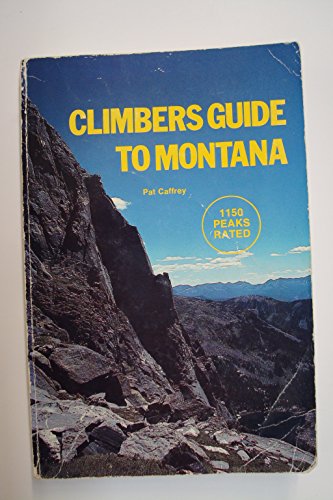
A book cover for Climbers guide to Montana; Pat Caffrey; Travel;